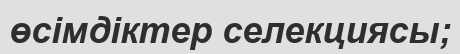
өсімдіктер селекциясы;